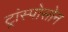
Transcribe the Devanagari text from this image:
ट्रांस्पोसोन